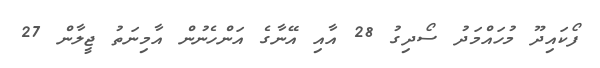
ފޯކައިދޫ މުހައްމަދު ސޯދިގު 28 އާއި އޭނާގެ އަންހެނުން އާމިނަތު ޖީލާން 27